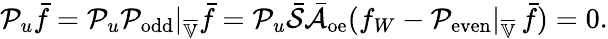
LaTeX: \mathcal{P}_{u}\bar{f}=\mathcal{P}_{u}\mathcal{P}_{\mathrm{odd}}|_{\overline{{\mathbb{V}}}}\bar{f}=\mathcal{P}_{u}\bar{\mathcal{S}}\bar{\mathcal{A}}_{\mathrm{oe}}(f_{W}-\mathcal{P}_{\mathrm{even}}|_{\overline{{\mathbb{V}}}}\, \bar{f})=0.